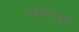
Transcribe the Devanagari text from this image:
रोबोटांची